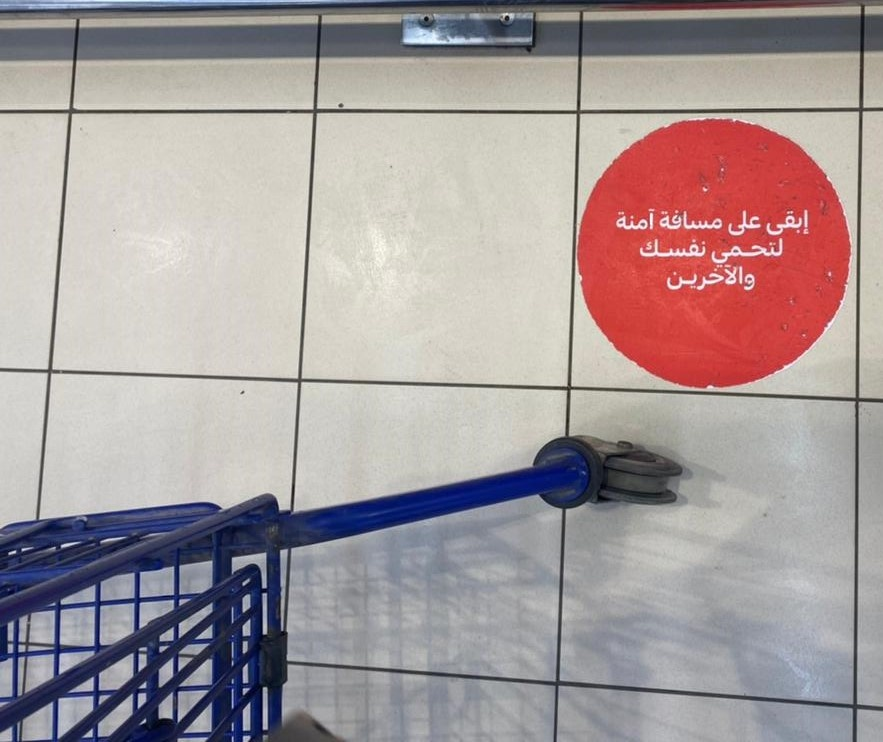
Text in image: مسافة آمنة إبقى على نفسك لتحمي والآخرين